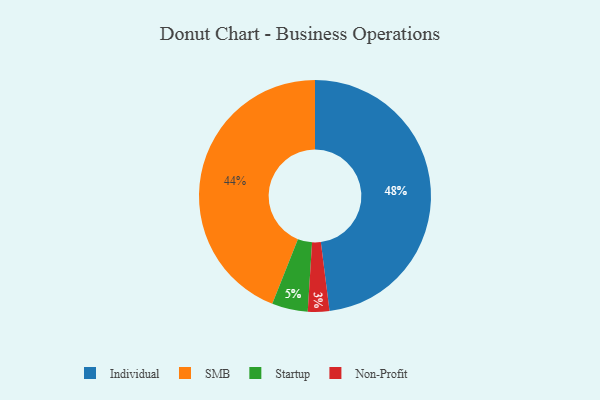
{"axis": {"x": "Category", "y": "Percentage"}, "legend": ["Individual", "Non-Profit", "SMB", "Startup"], "data": [{"x": "SMB", "y": 44, "type": "SMB"}, {"x": "Startup", "y": 5, "type": "Startup"}, {"x": "Individual", "y": 48, "type": "Individual"}, {"x": "Non-Profit", "y": 3, "type": "Non-Profit"}]}